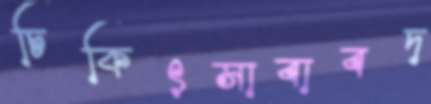
চিকিৎসাবাবদ